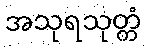
အသုရသုတ္တံ